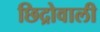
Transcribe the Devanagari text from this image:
छिद्रोवाली